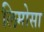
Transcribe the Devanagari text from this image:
लिमोसा